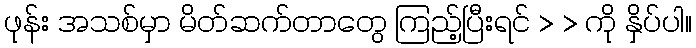
ဖုန်း အသစ်မှာ မိတ်ဆက်တာတွေ ကြည့်ပြီးရင် > > ကို နှိပ်ပါ။